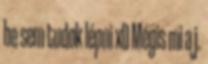
be sem tudok lépni xD Mégis mi a j.